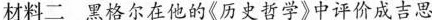
材料二 黑格尔在他的《历史哲学》中评价成吉思